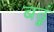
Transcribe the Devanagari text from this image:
बढ़ूं